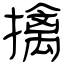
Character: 擒